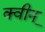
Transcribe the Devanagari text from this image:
क्वीन्